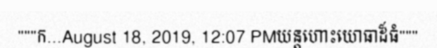
"""ក...August 18, 2019, 12:07 PMយន្តហោះយោធាដ៏ធំ"""